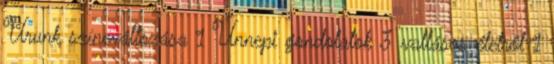
Urunk színeváltozása 1 Ünnepi gondolatok 3 vallásos életről 1